Civil Veterinary Dept. Bombay admin report 1932-41 - 1932-1941
Year: 1932
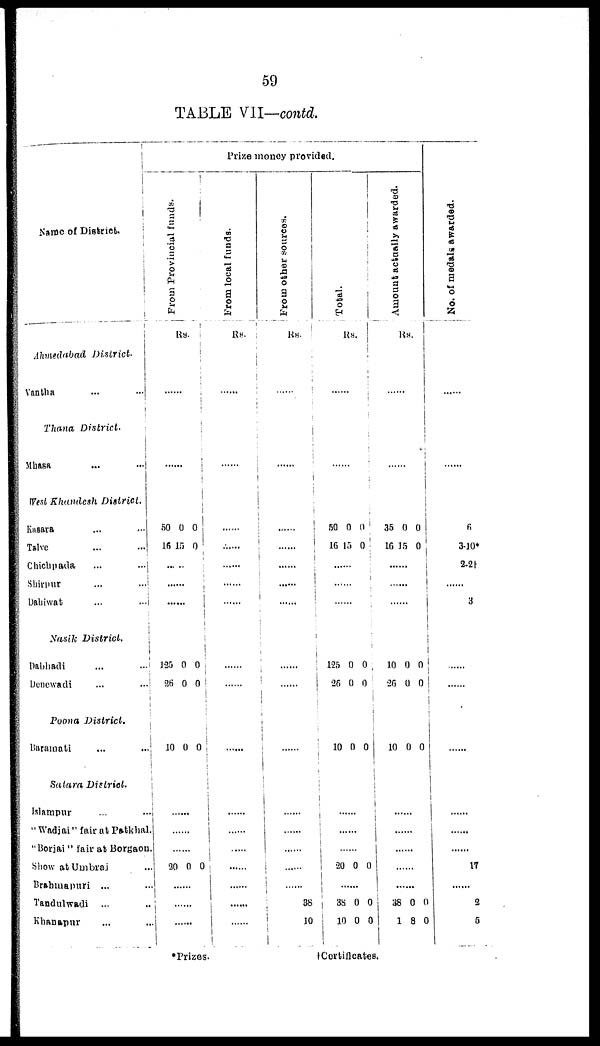
59
TABLE VII—contd.
Name of District.
Ahmedabad
District.
Vantha ... ...
Thana
District.
Mhasa ... ...
West Khandesh
District.
Kasara ... ...
Talve ... ...
Chichpada
...
...
Shrpur
...
...
Dahiwat
...
...
Nasik
District.
Dabhadi
...
...
Douewadi
...
...
Poona
District.
Baramati
Satara
District.
Islampur ... ...
" Wadjai" fair at Patkhal.
"Borjai" fair at Borgaon.
Show at Umbraj ...
Brahmapuri ... ...
Tandulwadi ... ...
Khanapur ... ...
Prize money provided.
Fr om Pr ovi nci al f unds .
Rs.
.....
.....
50
16
0
15
0
0
.....
.....
125
26
0
0
0
0
10 0 0
.....
.....
.....
90 0 0
.....
.....
.....
From local funds.
RS.
.....
.....
.....
.....
.....
.....
.....
.....
.....
.....
.....
.....
.....
.....
.....
From other sources.
Rs.
.....
.....
......
.....
.....
.....
.....
.....
.....
.....
.....
.....
38
10
Total.
Rs.
.....
.....
50
16
0
15
0
0
.....
.....
.....
125
26
0
0
0
0
10 0 0
.....
.....
.....
20 0 0
.....
38
10
0
0
0
0
Amount actually awarded.
Rs
.....
.....
35
16
0
15
0
0
.....
.....
.....
10
26
0
0
0
0
10 0 0
.....
.....
.....
.....
.....
38
1
0
8
0
0
No. of medals awarded.
.....
.....
6
3-10*
2-2†
.....
3
.....
.....
.....
.....
17
2
5
*Prizes.
†Certificates.